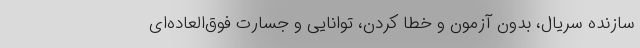
سازنده سریال، بدون آزمون و خطا کردن، توانایی و جسارت فوق‌العاده‌ای